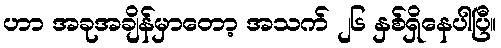
ဟာ အခုအချိန်မှာတော့ အသက် ၂၆ နှစ်ရှိနေပါပြီ။